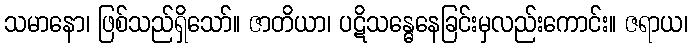
သမာနော၊ ဖြစ်သည်ရှိသော်။ ဇာတိယာ၊ ပဋိသန္ဓေနေခြင်းမှလည်းကောင်း။ ဇရာယ၊